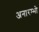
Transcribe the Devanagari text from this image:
अनारम्भो